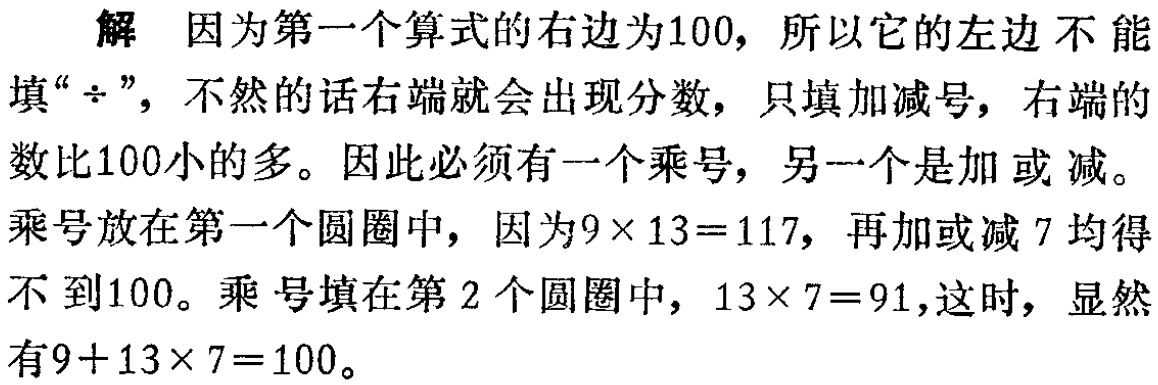
解 因为第一个算式的右边为100，所以它的左边 不能填“$\div$”，不然的话右端就会出现分数，只填加减号，右端的数比100小的多。因此必须有一个乘号，另一个是加 或 减。乘号放在第一个圆圈中，因为$9\times 13 = 117$，再加或减 7 均得不到100。乘 号填在第 2 个圆圈中，$13\times 7 = 91$,这时，显然有$9 + 13\times 7 = 100$。